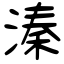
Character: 溱